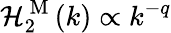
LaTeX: \mathcal{H}_{2}^{\mathrm{~M~}}(k)\propto k^{-q}